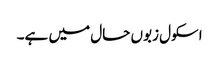
اسکول زبوں حال میں ہے۔